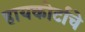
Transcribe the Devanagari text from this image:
हायकोर्टाचे